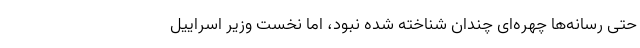
حتی رسانه‌ها چهره‌ای چندان شناخته شده نبود، اما نخست وزیر اسراییل